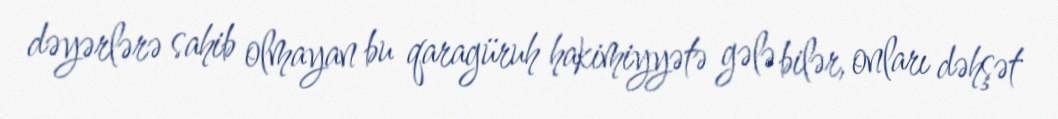
dəyərlərə sahib olmayan bu qaragüruh hakimiyyətə gələ bilər, onları dəhşət